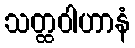
သတ္ထဝါဟာနံ